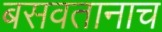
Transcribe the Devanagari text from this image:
बसवतानाच